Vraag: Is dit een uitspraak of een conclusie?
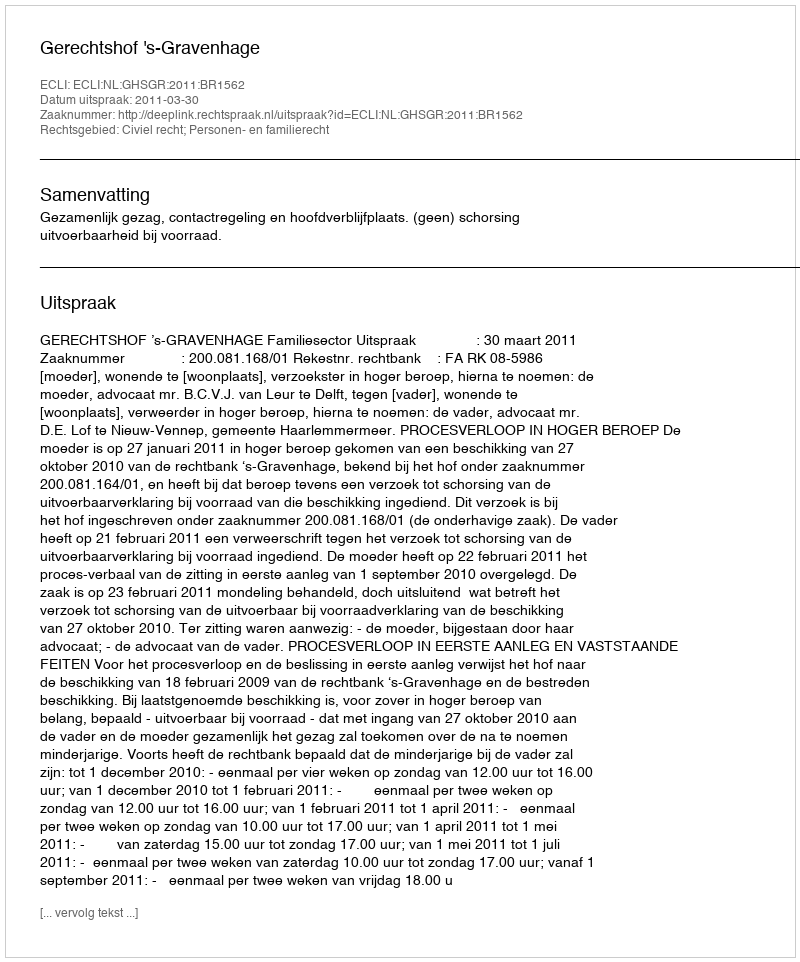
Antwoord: Uitspraak